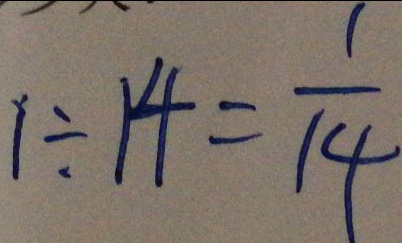
1 \div 1 4 = \frac { 1 } { 1 4 }